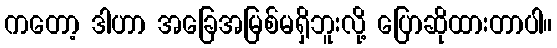
ကတော့ ဒါဟာ အခြေအမြစ်မရှိဘူးလို့ ပြောဆိုထားတာပါ။